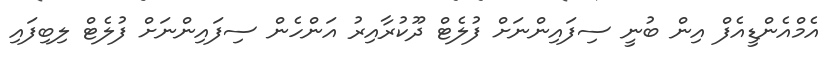
އެމްއެންޑީއެފް އިން ބުނީ ސިފައިންނަށް ފުލެޓް ދޫކުރާއިރު އަންހެން ސިފައިންނަށް ފުލެޓް ލިބިފައި